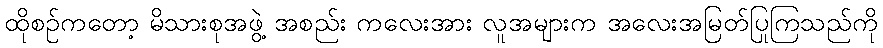
ထိုစဉ်ကတော့ မိသားစုအဖွဲ့ အစည်း ကလေးအား လူအများက အလေးအမြတ်ပြုကြသည်ကို